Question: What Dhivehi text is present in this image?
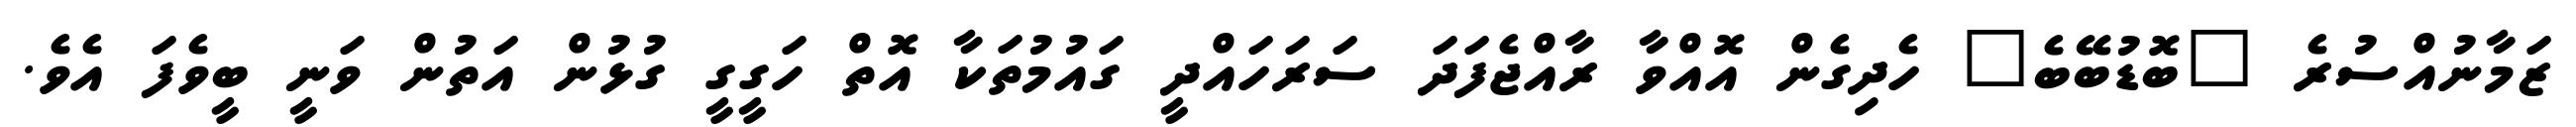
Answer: ޒަމާނުއްސުރެ "ބޮޑުބޭބެ" ހެދިގެން އޮއްވާ ރާއްޖެފަދަ ސަރަހައްދީ ގައުމުތަކާ އޮތް ހަގީގީ ގުޅުން އަތުން ވަނީ ބީވެފަ އެވެ.